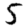
Digit: 5